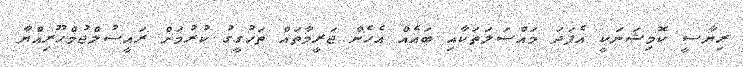
ރިޔާސީ ކޮމިޝަނަކީ އެފަދަ މައްސަލަތަކާއި ބައެއް އެހެން ޖަރީމާތައް ތަހުގީގު ކުރުމަށް ރައީސުލްޖުމްހޫރިއްޔާ